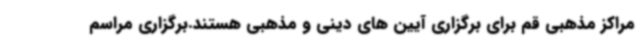
مراکز مذهبی قم برای برگزاری آیین های دینی و مذهبی هستند.برگزاری مراسم